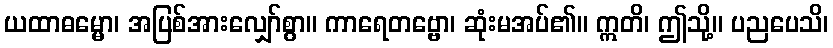
ယထာဓမ္မော၊ အပြစ်အားလျှော်စွာ။ ကာရေတဗ္ဗော၊ ဆုံးမအပ်၏။ ဣတိ၊ ဤသို့။ ပညပေသိ၊